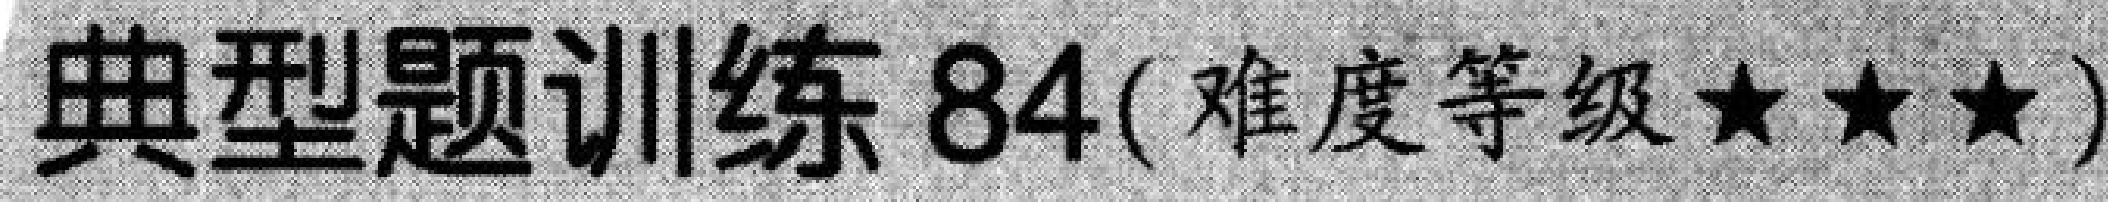
典型题训练84(难度等级★★★)